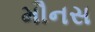
મૌનસ